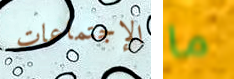
الإجتماعات ما